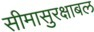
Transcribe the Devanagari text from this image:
सीमासुरक्षाबल